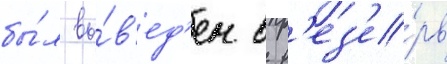
бы́л вы́в'ед'ен в р'ез'е́рв